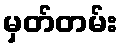
မှတ်တမ်း